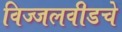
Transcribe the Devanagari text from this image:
विज्जलवीडचे